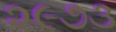
૨૯૭૩